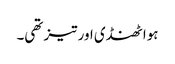
ہوا ٹھنڈی اور تیز تھی۔